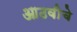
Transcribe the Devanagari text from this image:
आठवीचे